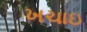
ખચાઇ